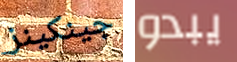
جينكينز يبدو